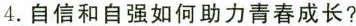
4.自信和自强如何助力青春成长?